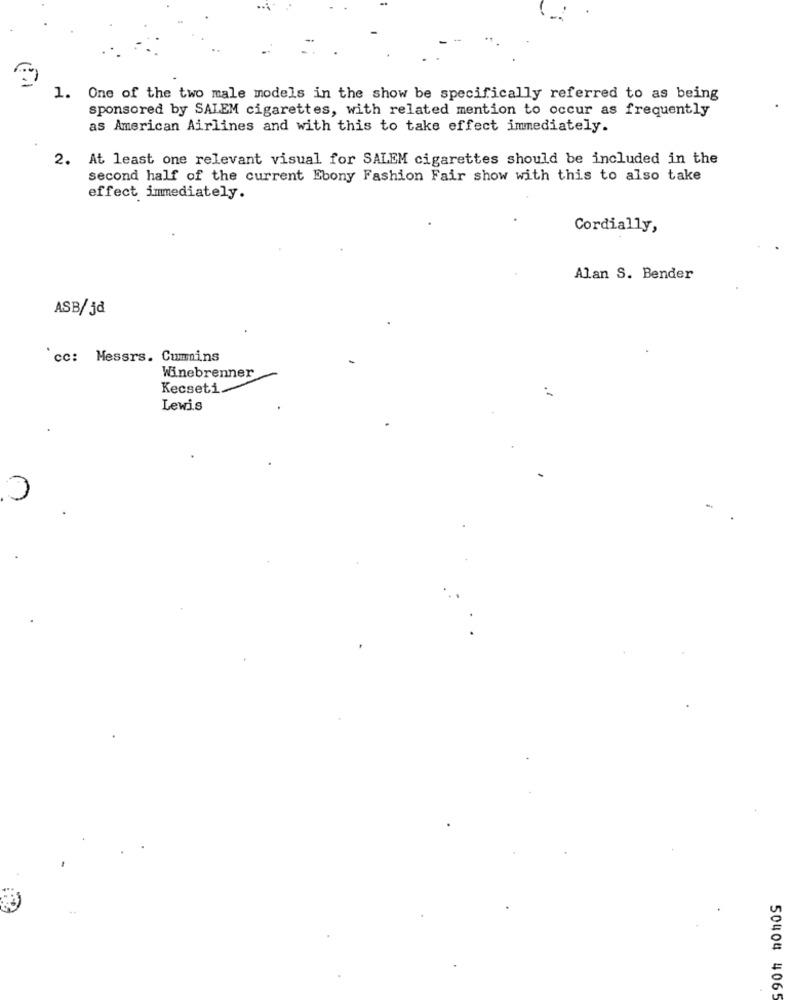
1. One of the two male models in the show be specifically referred to as being
sponsored by SALEM cigarettes, with related mention to occur as frequently
as American Airlines and with this to take effect immediately.
2.
At least one relevant visual for SALEM cigarettes should be included in the
second half of the current Ebony Fashion Fair show with this to also take
effect immediately.
Cordially,
Alan S. Bender
ASB/jd
cc: Messrs. Cummins
Winebrenner
Kecseti
Lewis
50404 4065